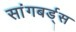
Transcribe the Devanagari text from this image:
सांगबर्ड्स